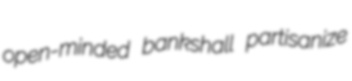
open-minded bankshall partisanize